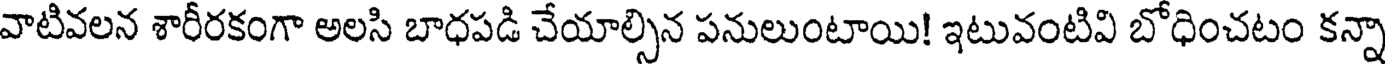
వాటివలన శారీరకంగా అలసి బాధపడి చేయాల్సిన పనులుంటాయి! ఇటువంటివి బోధించటం కన్నా